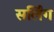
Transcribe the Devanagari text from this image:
सर्लिंग